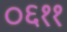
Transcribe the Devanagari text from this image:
०६११